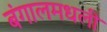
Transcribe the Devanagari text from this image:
बंगालमधली